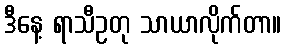
ဒီနေ့ ရာသီဥတု သာယာလိုက်တာ။